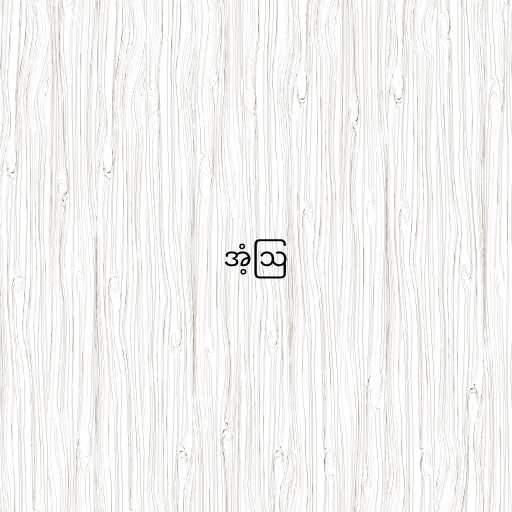
အံ့ဩ